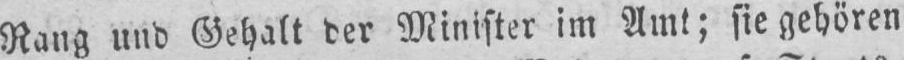
Rang und Gehalt der Minister im Amt; sie gehören